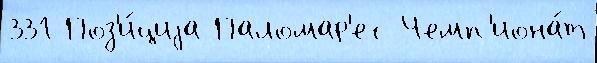
331 Поз'и́циjа Паломар'ес Чемп'иона́т